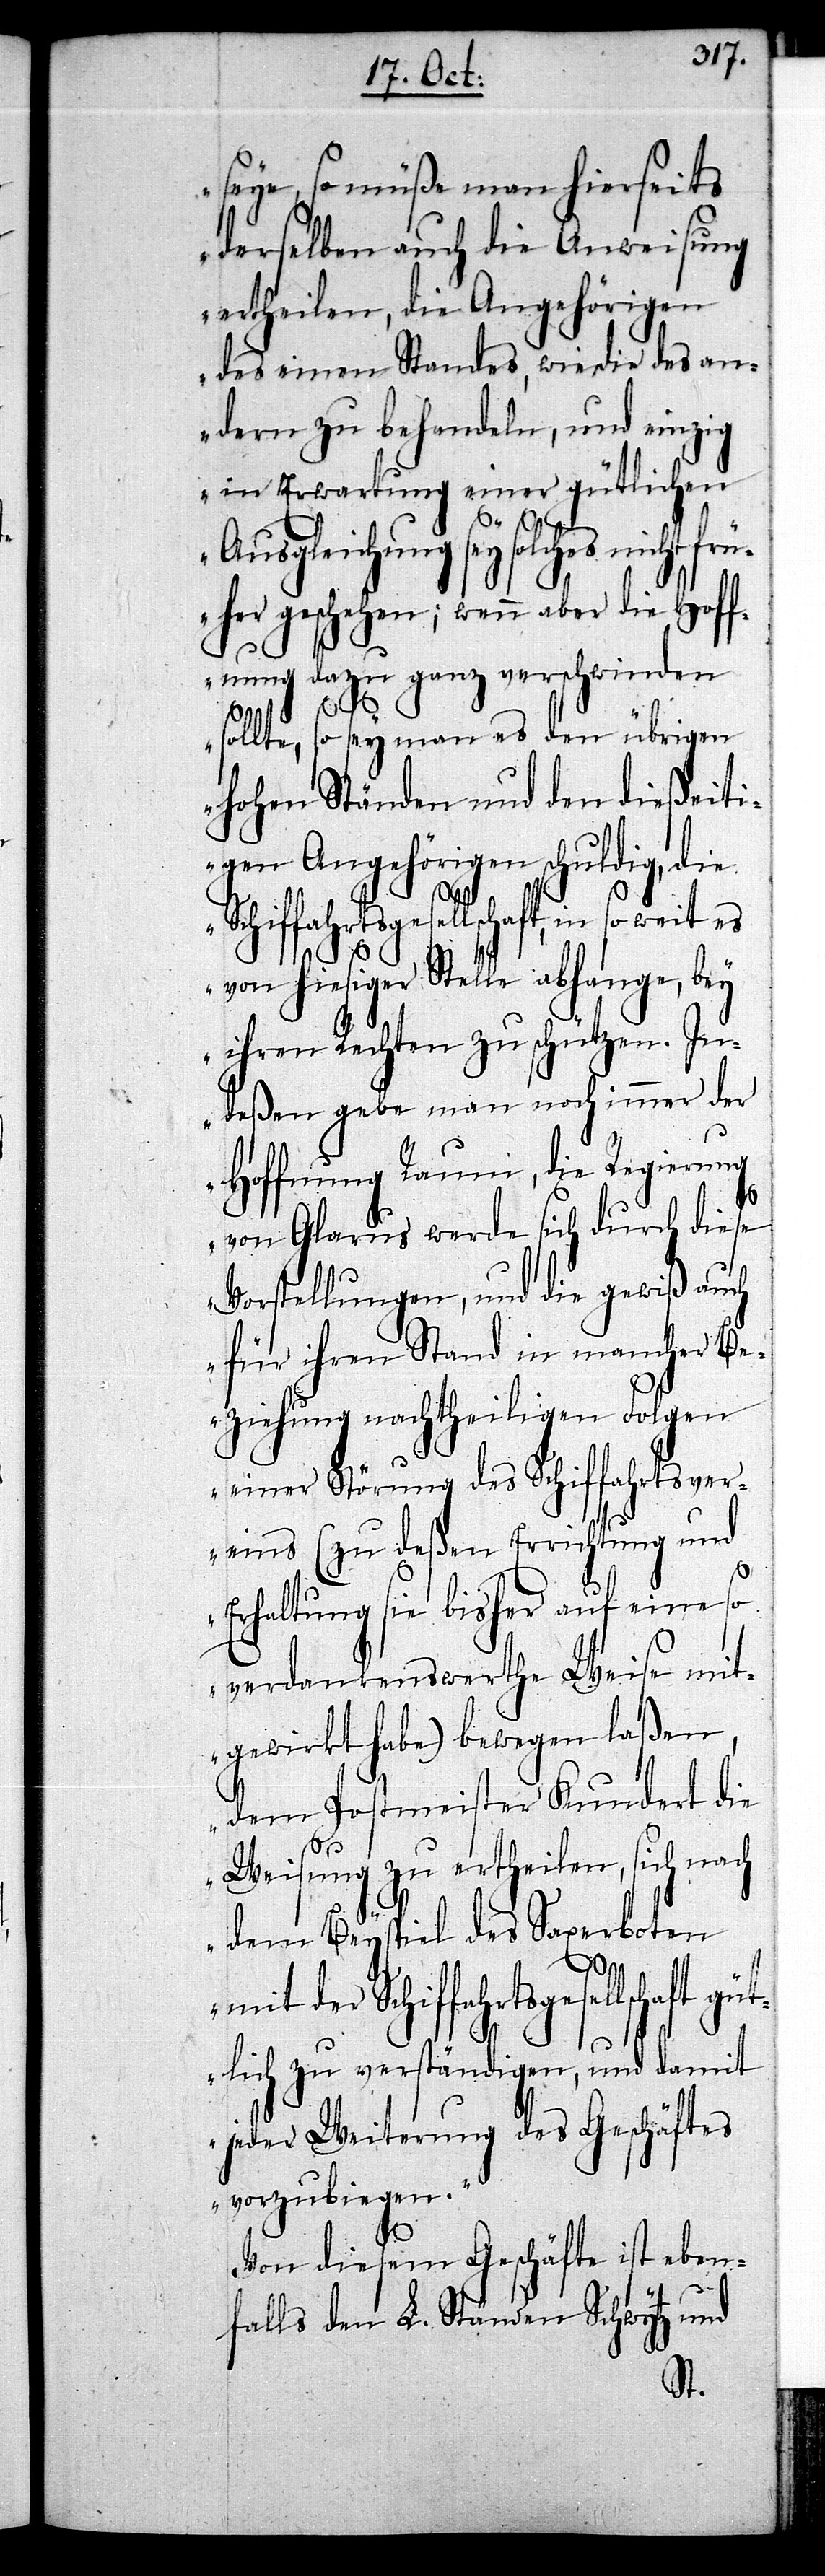
seye, so müße man hierseits
derselben auch die Anweisung
ertheilen, die Angehörigen
des einen Standes, wie die des an¬
dern zu behandeln, und einzig
in Erwartung einer gütlichen
Ausgleichung sey solches
üher geschehen; wenn aber die Hoff¬
nung dazu ganz verschwinden
sollte, so sey man es den übrigen
hohen Ständen und den dießeiti¬
gen Angehörigen schuldig, die
Schiffahrtsgesellschaft, in
ihren Rechten zu schützen. In¬
deßen gebe man noch immer der
Hoffnung Raum, die Regierung
von Glarus werde sich durch diese
Vorstellungen, und die gewiß auch
für ihren Stand in mancher Be¬
ziehung nachtheiligen Folgen
einer Störung des Schiffahrtsver¬
eins (zu deßen Errichtung und
so
Erhaltung sie bisher auf eine
verdankenswerthe Weise mit¬
gewirkt habe) bewegen laßen,
dem Postmeister Kundert die
Weisung zu ertheilen, sich nach
dem Beyspiel des Saxerboten
mit der Schiffahrtsgesellschaft
tlich zu verständigen, und damit
jeder Weiterung des Geschäftes
vorzubiegen.“
gü¬
Von diesem Geschäfte ist eben¬
falls den L. Ständen Schwytz und